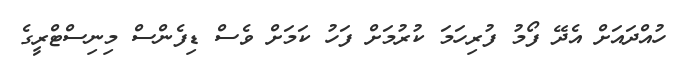
ހުއްދައަށް އެދޭ ފޯމު ފުރިހަމަ ކުރުމަށް ފަހު ކަމަށް ވެސް ޑިފެންސް މިނިސްޓްރީގެ